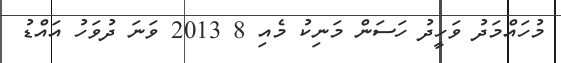
މުހައްމަދު ވަހީދު ހަސަން މަނިކު މެއި 8 2013 ވަނަ ދުވަހު އައްޑު